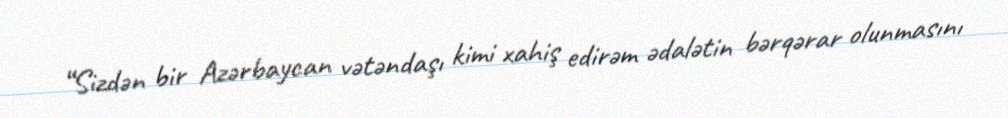
“Sizdən bir Azərbaycan vətəndaşı kimi xahiş edirəm ədalətin bərqərar olunmasını